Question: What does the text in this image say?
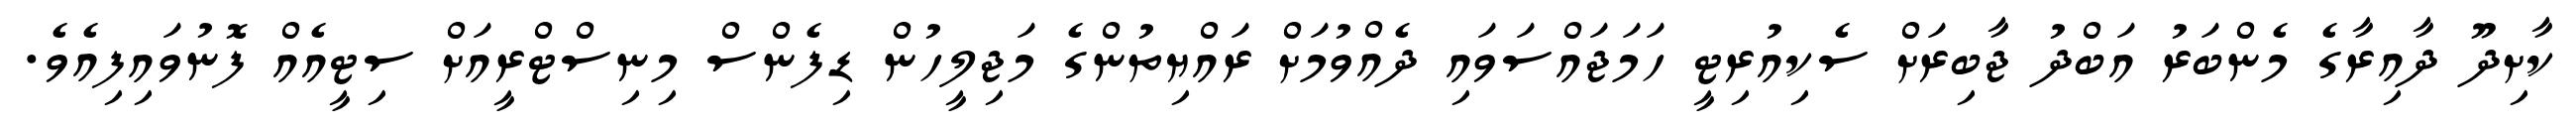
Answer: ކާށިދޫ ދާއިރާގެ މެންބަރު އަބްދު ޖާބިރަށް ސެކިއުރިޓީ ހަމަޖައްސަވައި ދެއްވުމަށް ރައްޔިތުންގެ މަޖިލީހުން ޑިފެންސް މިނިސްޓްރީއަށް ސިޓީއެއް ފޮނުވައިފިއެވެ.